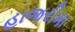
હાજરીમા